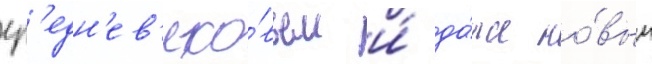
ср'едн'ев'еко́вьем и́ да́же но́вым